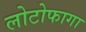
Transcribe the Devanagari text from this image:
लोटोफागा